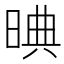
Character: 晪